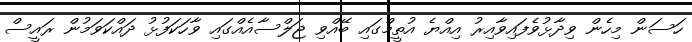
ހަސަން މިހެން ވިދާޅުވެފައިވާއިރު އިއްޔެ އުތީމްގައި ބޭއްވި ޖަލްސާއެއްގައި ވާހަކަފުޅު ދައްކަވަމުން ރައީސް